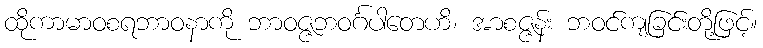
ထိုကာမာဝစရဘာဝနာကို ဘာဝဇ္ဇဘဝင်္ဂပါတေဟိ၊ အာစဇ္ဇန်း ဘဝင်ကျခြင်းတို့ဖြင့်။